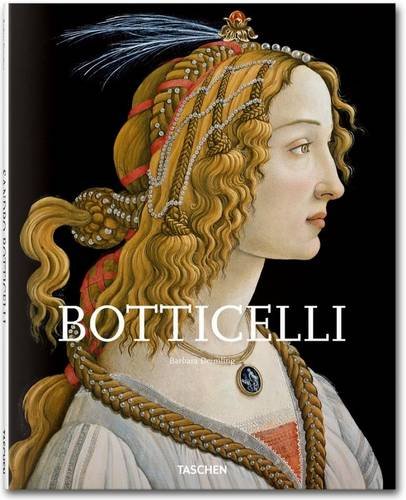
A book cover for Botticelli; Barbara Deimling; Arts & Photography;